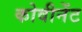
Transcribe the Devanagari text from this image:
कोवीनेंट